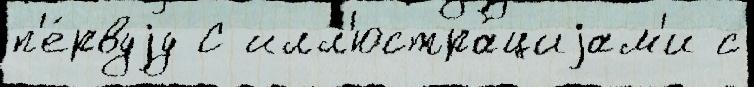
п'е́рвуjу С илл'юстра́циjам'и с